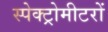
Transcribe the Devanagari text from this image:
स्पेक्ट्रोमीटरों